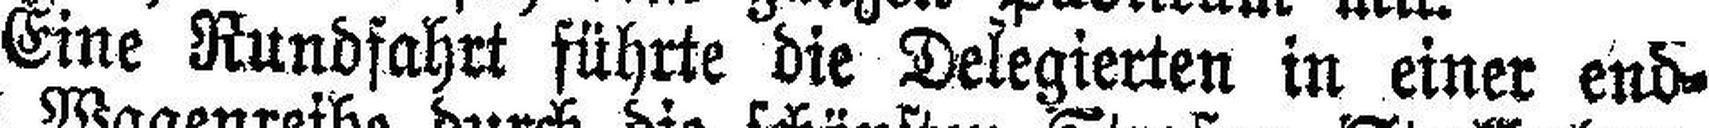
Eine Rundfahrt führte die Delegierten in einer end¬